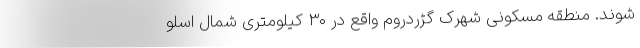
شوند. ‌منطقه‌ٔ مسکونی شهرک گژردروم واقع در ۳۰ کیلومتری شمال اُسلو